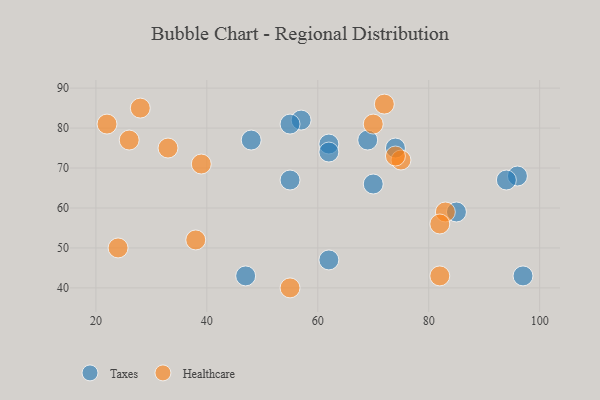
{"axis": {"x": "GDP", "y": "Life Expectancy"}, "legend": ["Healthcare", "Taxes"], "data": [{"x": "97", "y": 43, "type": "Taxes"}, {"x": "62", "y": 47, "type": "Taxes"}, {"x": "57", "y": 82, "type": "Taxes"}, {"x": "96", "y": 68, "type": "Taxes"}, {"x": "85", "y": 59, "type": "Taxes"}, {"x": "70", "y": 66, "type": "Taxes"}, {"x": "62", "y": 76, "type": "Taxes"}, {"x": "48", "y": 77, "type": "Taxes"}, {"x": "74", "y": 75, "type": "Taxes"}, {"x": "55", "y": 81, "type": "Taxes"}, {"x": "55", "y": 67, "type": "Taxes"}, {"x": "69", "y": 77, "type": "Taxes"}, {"x": "47", "y": 43, "type": "Taxes"}, {"x": "62", "y": 74, "type": "Taxes"}, {"x": "94", "y": 67, "type": "Taxes"}, {"x": "33", "y": 75, "type": "Healthcare"}, {"x": "82", "y": 43, "type": "Healthcare"}, {"x": "28", "y": 85, "type": "Healthcare"}, {"x": "26", "y": 77, "type": "Healthcare"}, {"x": "72", "y": 86, "type": "Healthcare"}, {"x": "24", "y": 50, "type": "Healthcare"}, {"x": "83", "y": 59, "type": "Healthcare"}, {"x": "75", "y": 72, "type": "Healthcare"}, {"x": "82", "y": 56, "type": "Healthcare"}, {"x": "22", "y": 81, "type": "Healthcare"}, {"x": "38", "y": 52, "type": "Healthcare"}, {"x": "74", "y": 73, "type": "Healthcare"}, {"x": "70", "y": 81, "type": "Healthcare"}, {"x": "55", "y": 40, "type": "Healthcare"}, {"x": "39", "y": 71, "type": "Healthcare"}]}